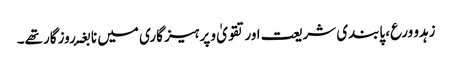
زہدو ورع، پابندی شریعت اور تقویٰ و پرہیز گاری میں نا بغۂ روزگار تھے۔